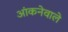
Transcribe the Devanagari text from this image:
आंकनेवाले